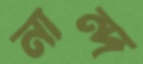
নান্দ